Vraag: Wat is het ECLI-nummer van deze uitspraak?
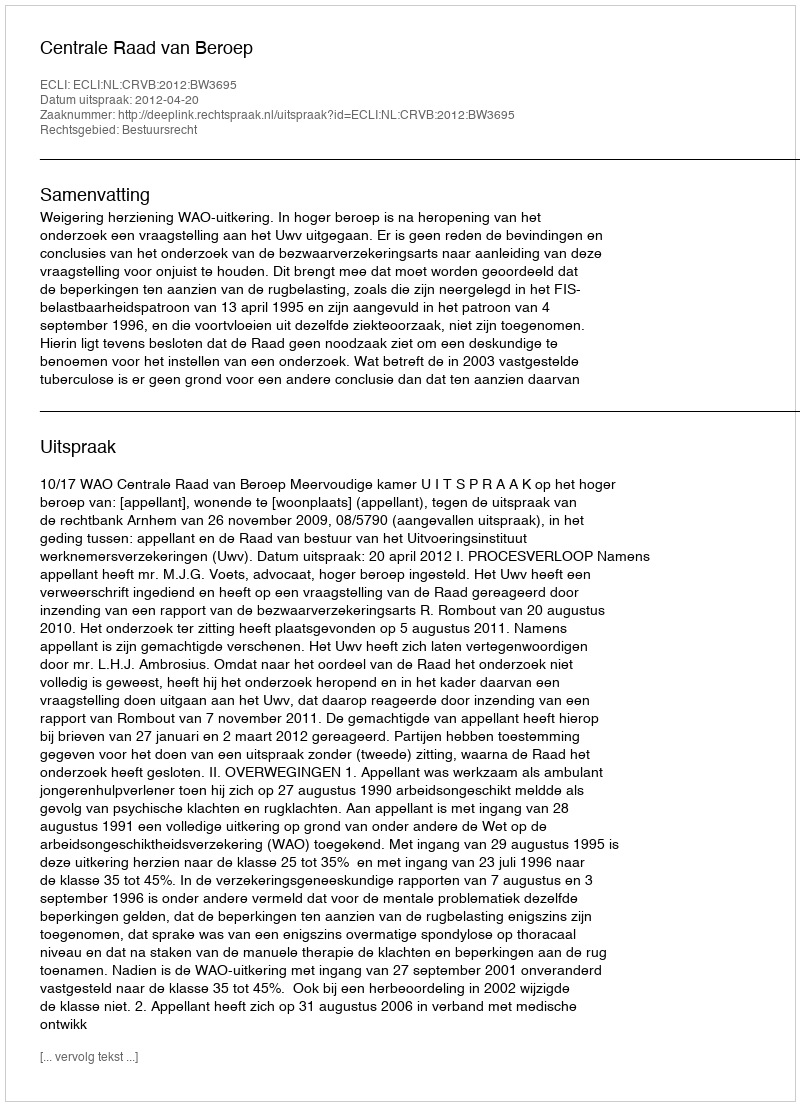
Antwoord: ECLI:NL:CRVB:2012:BW3695